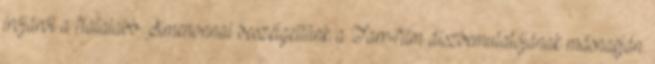
írójáról a fiatalabb Simenonnal beszélgettünk a Tarr-film díszbemutatójának másnapján.